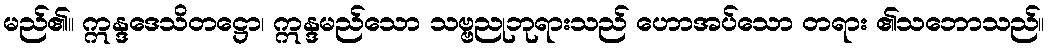
မည်၏။ ဣန္ဒဒေသိတဋ္ဌော၊ ဣန္ဒမည်သော သဗ္ဗညုဘုရားသည် ဟောအပ်သော တရား ၏သဘောသည်။